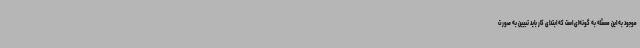
موجود به این مسئله به گونه‌ای است که ابتدای کار باید تبیین به صورت